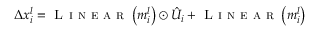
\Delta x _ { i } ^ { l } = \textsc { L i n e a r } \left( m _ { i } ^ { l } \right) \odot \hat { U } _ { i } + \textsc { L i n e a r } \left( m _ { i } ^ { l } \right)